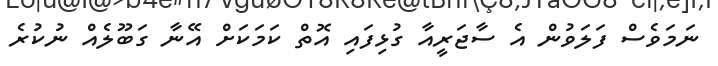
ނަމަވެސް ފަލަވުން އެ ސާޖަރީއާ ގުޅިފައި އޮތް ކަމަކަށް އޭނާ ގަބޫލެއް ނުކުރެ